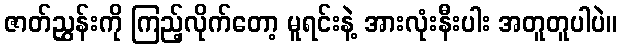
ဇာတ်ညွှန်းကို ကြည့်လိုက်တော့ မူရင်းနဲ့ အားလုံးနီးပါး အတူတူပါပဲ။